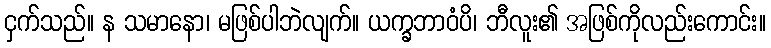
ငှက်သည်။ န သမာနော၊ မဖြစ်ပါဘဲလျက်။ ယက္ခဘာဝံပိ၊ ဘီလူး၏ အဖြစ်ကိုလည်းကောင်း။